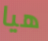
هيا